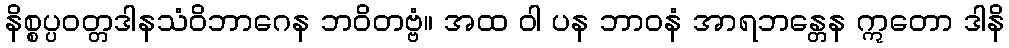
နိစ္စပ္ပဝတ္တဒါနသံဝိဘာဂေန ဘဝိတဗ္ဗံ။ အထ ဝါ ပန ဘာဝနံ အာရဘန္တေန ဣတော ဒါနိ